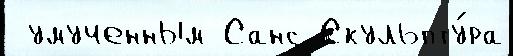
 умученным Санс Скульпту́ра